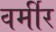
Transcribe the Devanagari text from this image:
वर्मीर